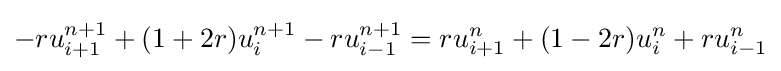
-ru_{i+1}^{n+1}+(1+2r)u_{i}^{n+1}-ru_{i-1}^{n+1}=ru_{i+1}^{n}+(1-2r)u_{i}^{n}+ru_{i-1}^{n}